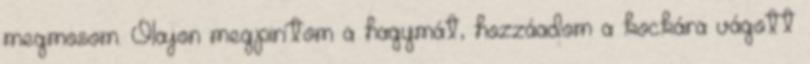
megmosom. Olajon megpirítom a hagymát, hozzáadom a kockára vágott